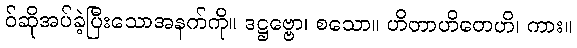
ဝ်ဆိုအပ်ခဲ့ပြီးသောအနက်ကို။ ဒဋ္ဌဗ္ဗော၊ စသော။ ဟိတာဟိတေဟိ၊ ကား။